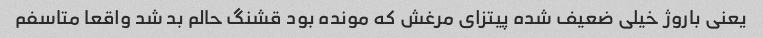
یعنی باروژ خیلی ضعیف شده پیتزای مرغش که مونده بود قشنگ حالم بد شد واقعا متاسفم